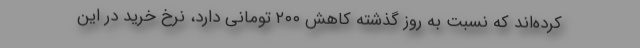
کرده‌اند که نسبت به روز گذشته کاهش ۲۰۰ تومانی دارد، نرخ خرید در این